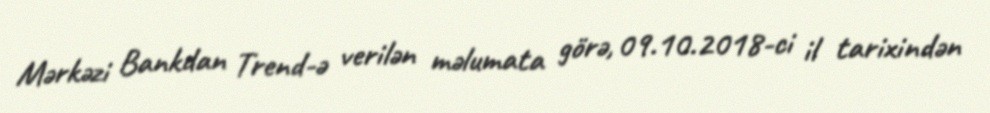
Mərkəzi Bankdan Trend-ə verilən məlumata görə, 09.10.2018-ci il tarixindən